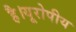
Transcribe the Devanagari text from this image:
है।यूरोपीय